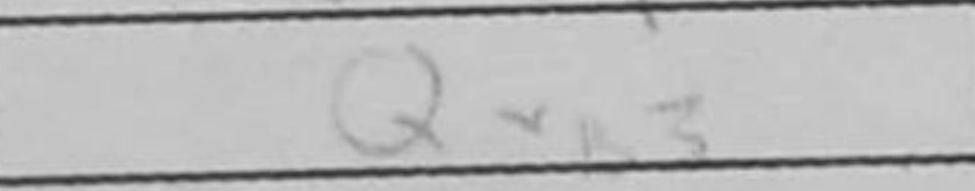
Transcription: Qxb3